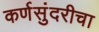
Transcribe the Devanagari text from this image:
कर्णसुंदरीचा